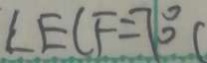
\angle E C F = 7 0 ^ { \circ } (